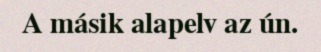
A másik alapelv az ún.